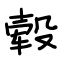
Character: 毂